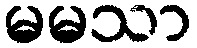
မမသာ